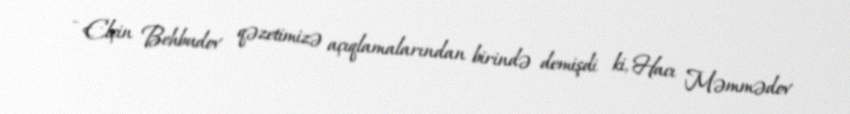
- Elçin Behbudov qəzetimizə açıqlamalarından birində demişdi ki, Hacı Məmmədov